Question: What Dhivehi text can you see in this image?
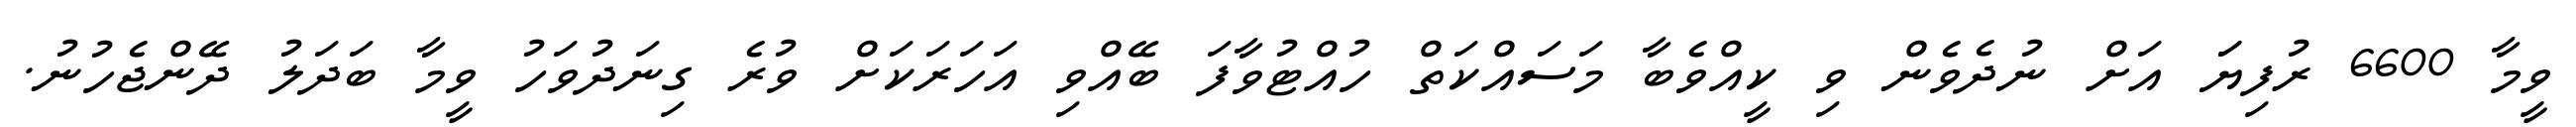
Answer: ވީމާ 6600 ރުފިޔަަ އަށް ނުދެވެން ވި ކީއްވެބާ މަސައްކަތް ހުއްޓުވާފަ ބޭއްވި އަހަރަކަށް ވުރެ ގިނަދުވަހު ވީމާ ބަދަލު ދޭންޖެހުނު.